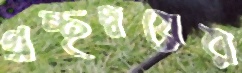
গ্রন্থদ্বয়ের